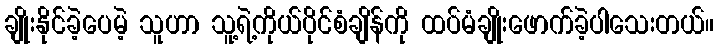
ချိုးနိုင်ခဲ့ပေမဲ့ သူဟာ သူ့ရဲ့ကိုယ်ပိုင်စံချိန်ကို ထပ်မံချိုးဖောက်ခဲ့ပါသေးတယ်။